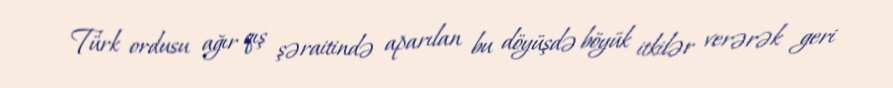
Türk ordusu ağır qış şəraitində aparılan bu döyüşdə böyük itkilər verərək geri